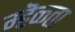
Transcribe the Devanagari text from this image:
म्हॆळ्ता